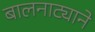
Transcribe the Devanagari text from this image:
बालनाट्याने